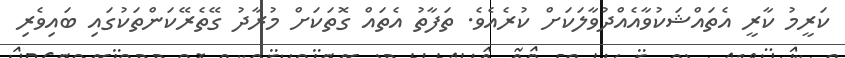
ކަރީމު ކާރީ އެތައްޝަކުވާއެއްދުވާލަކަށް ކުރެއެވެ. ތަފާތު އެތައް ގޮތަކަށް މުރާދު ގޭތެރޭކަންތަކުގައި ބައިވެރި